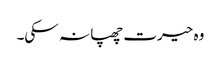
وہ حیرت چھپا نہ سکی۔